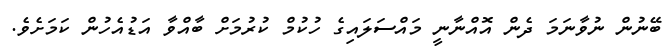
ބޭނުން ނުވާނަމަ ދެން އޮއްނާނީ މައްސަލައިގެ ހުކުމް ކުރުމަށް ބާއްވާ އަޑުއެހުން ކަމަށެވެ.